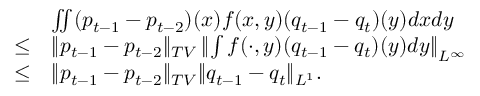
\begin{array} { r l } & { \iint ( p _ { t - 1 } - p _ { t - 2 } ) ( x ) f ( x , y ) ( q _ { t - 1 } - q _ { t } ) ( y ) d x d y } \\ { \leq } & { \| p _ { t - 1 } - p _ { t - 2 } \| _ { T V } \left\| \int f ( \cdot , y ) ( q _ { t - 1 } - q _ { t } ) ( y ) d y \right\| _ { L ^ { \infty } } } \\ { \leq } & { \| p _ { t - 1 } - p _ { t - 2 } \| _ { T V } \| q _ { t - 1 } - q _ { t } \| _ { L ^ { 1 } } . } \end{array}